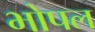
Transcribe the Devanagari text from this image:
भोपल